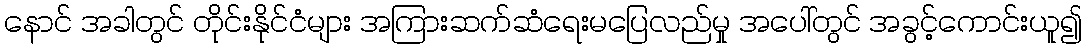
နောင် အခါတွင် တိုင်းနိုင်ငံများ အကြားဆက်ဆံရေးမပြေလည်မှု အပေါ်တွင် အခွင့်ကောင်းယူ၍